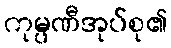
ကုမ္ပဏီအုပ်စု၏